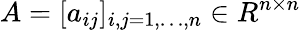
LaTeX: A=[a_{ij}]_{i,j=1,\dots,n}\in R^{n\times n}